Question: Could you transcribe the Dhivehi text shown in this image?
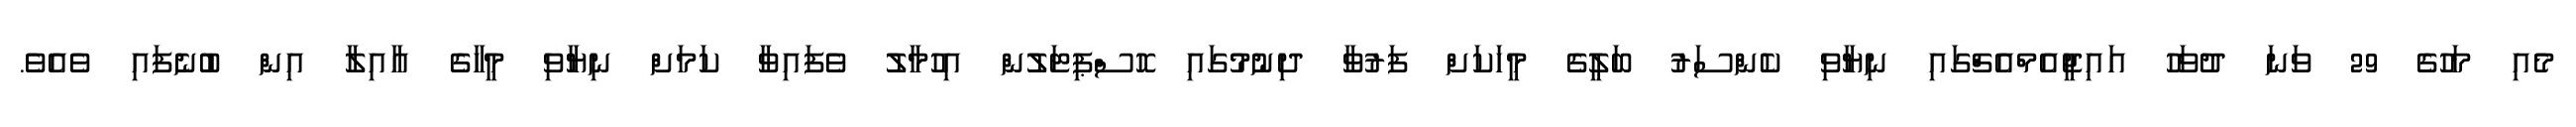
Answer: މެއި މަހުގެ 29 ވަނަ ދުވަހު އައިޖީއެމްއެޗްގައި ނިޔާވި ކެންސަރު ބަލީގެ މީހަކަށް ފަރުވާ ދިނުމުގައި ހޮސްޕިޓަލުން އިހުމާލު ވެފައިވާ ކަމަށް ނިޔާވި މީހާގެ އާއިލާ އިން ބުނެފައި ވެއެވެ.